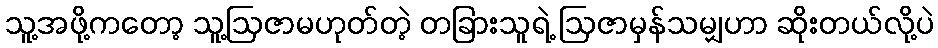
သူ့အဖို့ကတော့ သူ့ဩဇာမဟုတ်တဲ့ တခြားသူရဲ့ ဩဇာမှန်သမျှဟာ ဆိုးတယ်လို့ပဲ